Annual report on the Civil Veterinary Department, Burma (including the Insein Veterinary School) - 1923-1931
Year: 1923
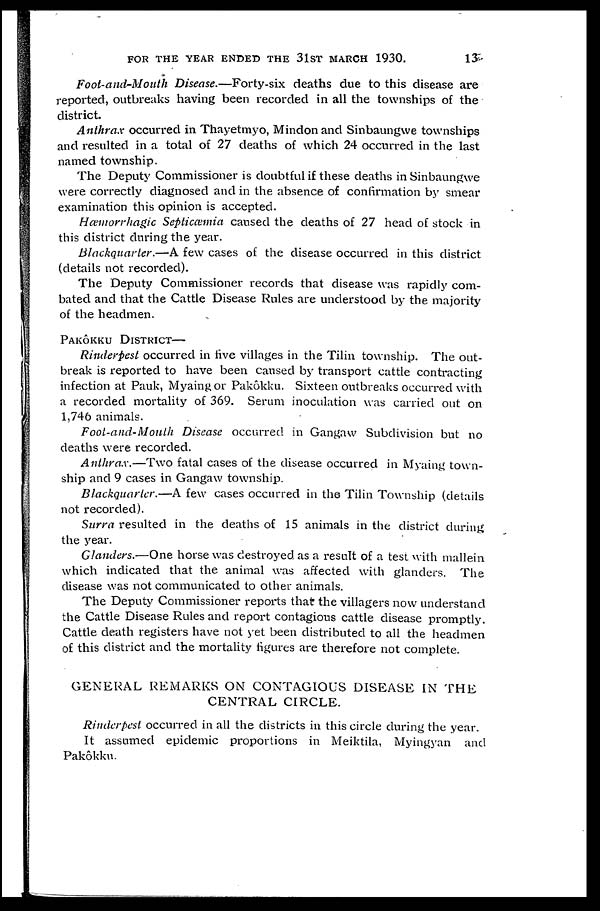
FOR THE YEAR ENDED THE 31ST MARCH 1930.
13
Foot-and-Mouth Disease.—Forty-six deaths due to this disease are
reported, outbreaks having been recorded in all the townships of the
district.
Anthrax occurred in Thayetmyo, Mindon and Sinbaungwe townships
and resulted in a total of 27 deaths of which 24 occurred in the last
named township.
The Deputy Commissioner is doubtful if these deaths in Sinbaungwe
were correctly diagnosed and in the absence of confirmation by smear
examination this opinion is accepted.
Hæmorrhagic Septicæmia caused the deaths of 27 head of stock in
this district during the year.
Blackquarter.—A few cases of the disease occurred in this district
(details not recorded).
The Deputy Commissioner records that disease was rapidly com-
bated and that the Cattle Disease Rules are understood by the majority
of the headmen.
PAKÔKKU DISTRICT—
Rinderpest occurred in live villages in the Tilin township. The out-
break is reported to have been caused by transport cattle contracting
infection at Pauk, Myaing or Pakôkku. Sixteen outbreaks occurred with
a recorded mortality of 369. Serum inoculation was carried out on
1,746 animals.
Foot-and-Mouth Disease occurred in Gangaw Subdivision but no
deaths were recorded.
Anthrax.—Two fatal cases of the disease occurred in Myaing town-
ship and 9 cases in Gangaw township.
Blackquarter.—A few cases occurred in the Tilin Township (details
not recorded).
Surra resulted in the deaths of 15 animals in the district during
the year.
Glanders.—One horse was destroyed as a result of a test with mallein
which indicated that the animal was affected with glanders. The
disease was not communicated to other animals.
The Deputy Commissioner reports that the villagers now understand
the Cattle Disease Rules and report contagious cattle disease promptly.
Cattle death registers have not yet been distributed to all the headmen
of this district and the mortality figures are therefore not complete.
GENERAL REMARKS ON CONTAGIOUS DISEASE IN THE
CENTRAL CIRCLE.
Rinderpest occurred in all the districts in this circle during the year.
It assumed epidemic proportions in Meiktila, Myingyan and
Pakôkku.